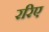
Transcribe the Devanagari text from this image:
ररिए